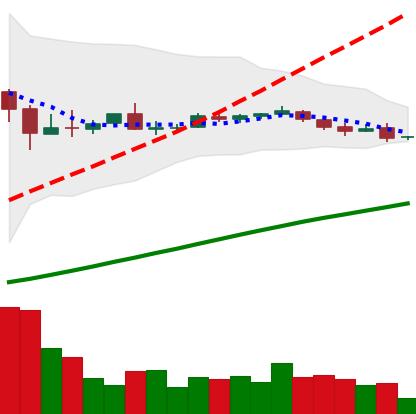
Ticker: DOGE-USD
Chart end date: 2018-10-07
Forward return: -5.663%
Label: down_5_7